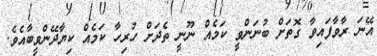
އޭނަ ރާވާފައިވާ ގޮތަށް ބުނަންވީ ކަމެއް ނޫނީ ތެދަށް ހުރިހާ ކަމެއް ކިޔާދޭންވީބާއެވެ.